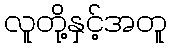
လူတို့နှင့်အတူ